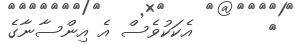
٥       އެކަކުވެސް އެ އިންސާނާގެ